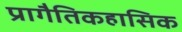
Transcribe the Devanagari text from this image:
प्रागैतिकहासिक